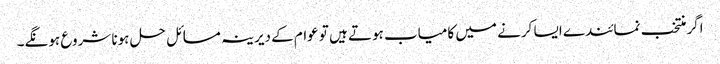
اگر منتخب نمائندے ایسا کرنے میں کامیاب ہوتے ہیں تو عوام کے دیرینہ مسائل حل ہونا شروع ہونگے۔